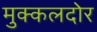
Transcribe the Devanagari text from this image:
मुक्कलदोर